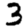
Digit: 3